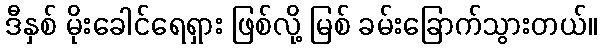
ဒီနှစ် မိုးခေါင်ရေရှား ဖြစ်လို့ မြစ် ခမ်းခြောက်သွားတယ်။